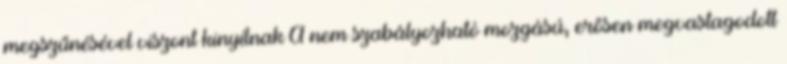
megszűnésével viszont kinyílnak A nem szabályozható mozgású, erősen megvastagodott